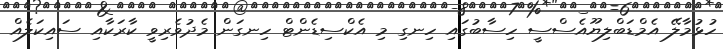
ހުޅުމާލޭ އެމްޑަބްލިޔޫއެސްސީ ހިސާބުގައި ހިނގި މި އެކްސިޑެންޓް ހިނގަން މެދުވެރިވީ ކާރަކާއި ސައިކަލެއް